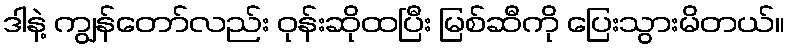
ဒါနဲ့ ကျွန်တော်လည်း ဝုန်းဆိုထပြီး မြစ်ဆီကို ပြေးသွားမိတယ်။